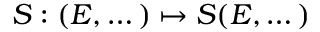
S : ( E , \dots ) \mapsto S ( E , \dots )